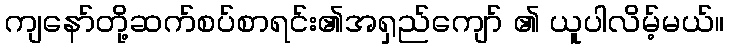
ကျနော်တို့ဆက်စပ်စာရင်း၏အရှည်ကျော် ၏ ယူပါလိမ့်မယ်။